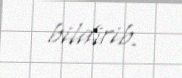
bildirib.